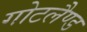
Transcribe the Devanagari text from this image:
गोटलैण्ड